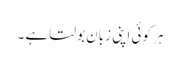
ہر کوئی اپنی زبان بولتا ہے ۔